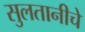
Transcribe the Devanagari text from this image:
सुलतानीचे